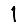
Digit: 1